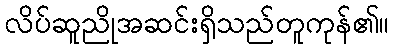
လိပ်ဆူညိုအဆင်းရှိသည်တူကုန်၏။